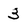
Character: 3